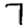
Digit: 7